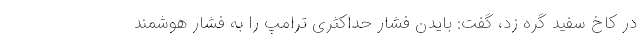
در کاخ سفید گره زد، گفت: بایدن فشار حداکثری ترامپ را به فشار هوشمند